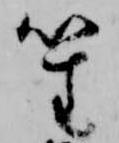
笙